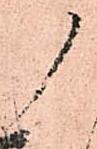
ノ